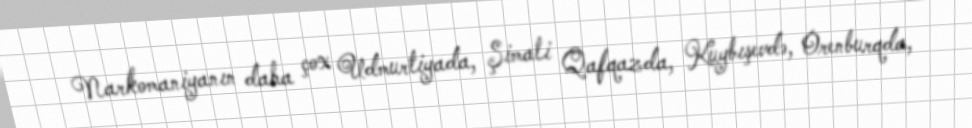
Narkomaniyanın daha çox Udmurtiyada, Şimali Qafqazda, Kuybışevdə, Orenburqda,